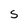
Character: S